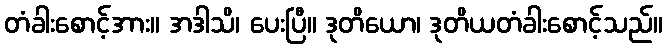
တံခါးစောင့်အား။ အဒါသိ၊ ပေးပြီ။ ဒုတိယော၊ ဒုတိယတံခါးစောင့်သည်။